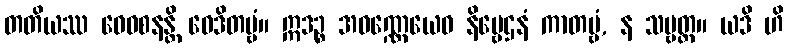
တတိယဿ ဝေဝစနန္တိ ဝေဒိတဗ္ဗံ။ ဣဒဉ္စ အဝဏ္ဏေယေဝ နိဗ္ဗေဌနံ ကာတဗ္ဗံ, န သဗ္ဗတ္ထ။ ယဒိ ဟိ